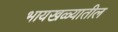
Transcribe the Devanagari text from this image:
भायखळ्यातील